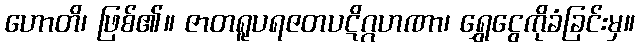
ဟောတိ၊ ဖြစ်၏။ ဇာတရူပရဇတပဋိဂ္ဂဟဏာ၊ ရွှေငွေကိုခံခြင်းမှ။